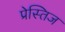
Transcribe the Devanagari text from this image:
प्रेस्तिज